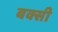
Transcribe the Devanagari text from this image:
बक्सी